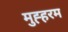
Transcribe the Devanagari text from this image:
मुह्हरम